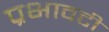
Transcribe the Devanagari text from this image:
प्रभावटी